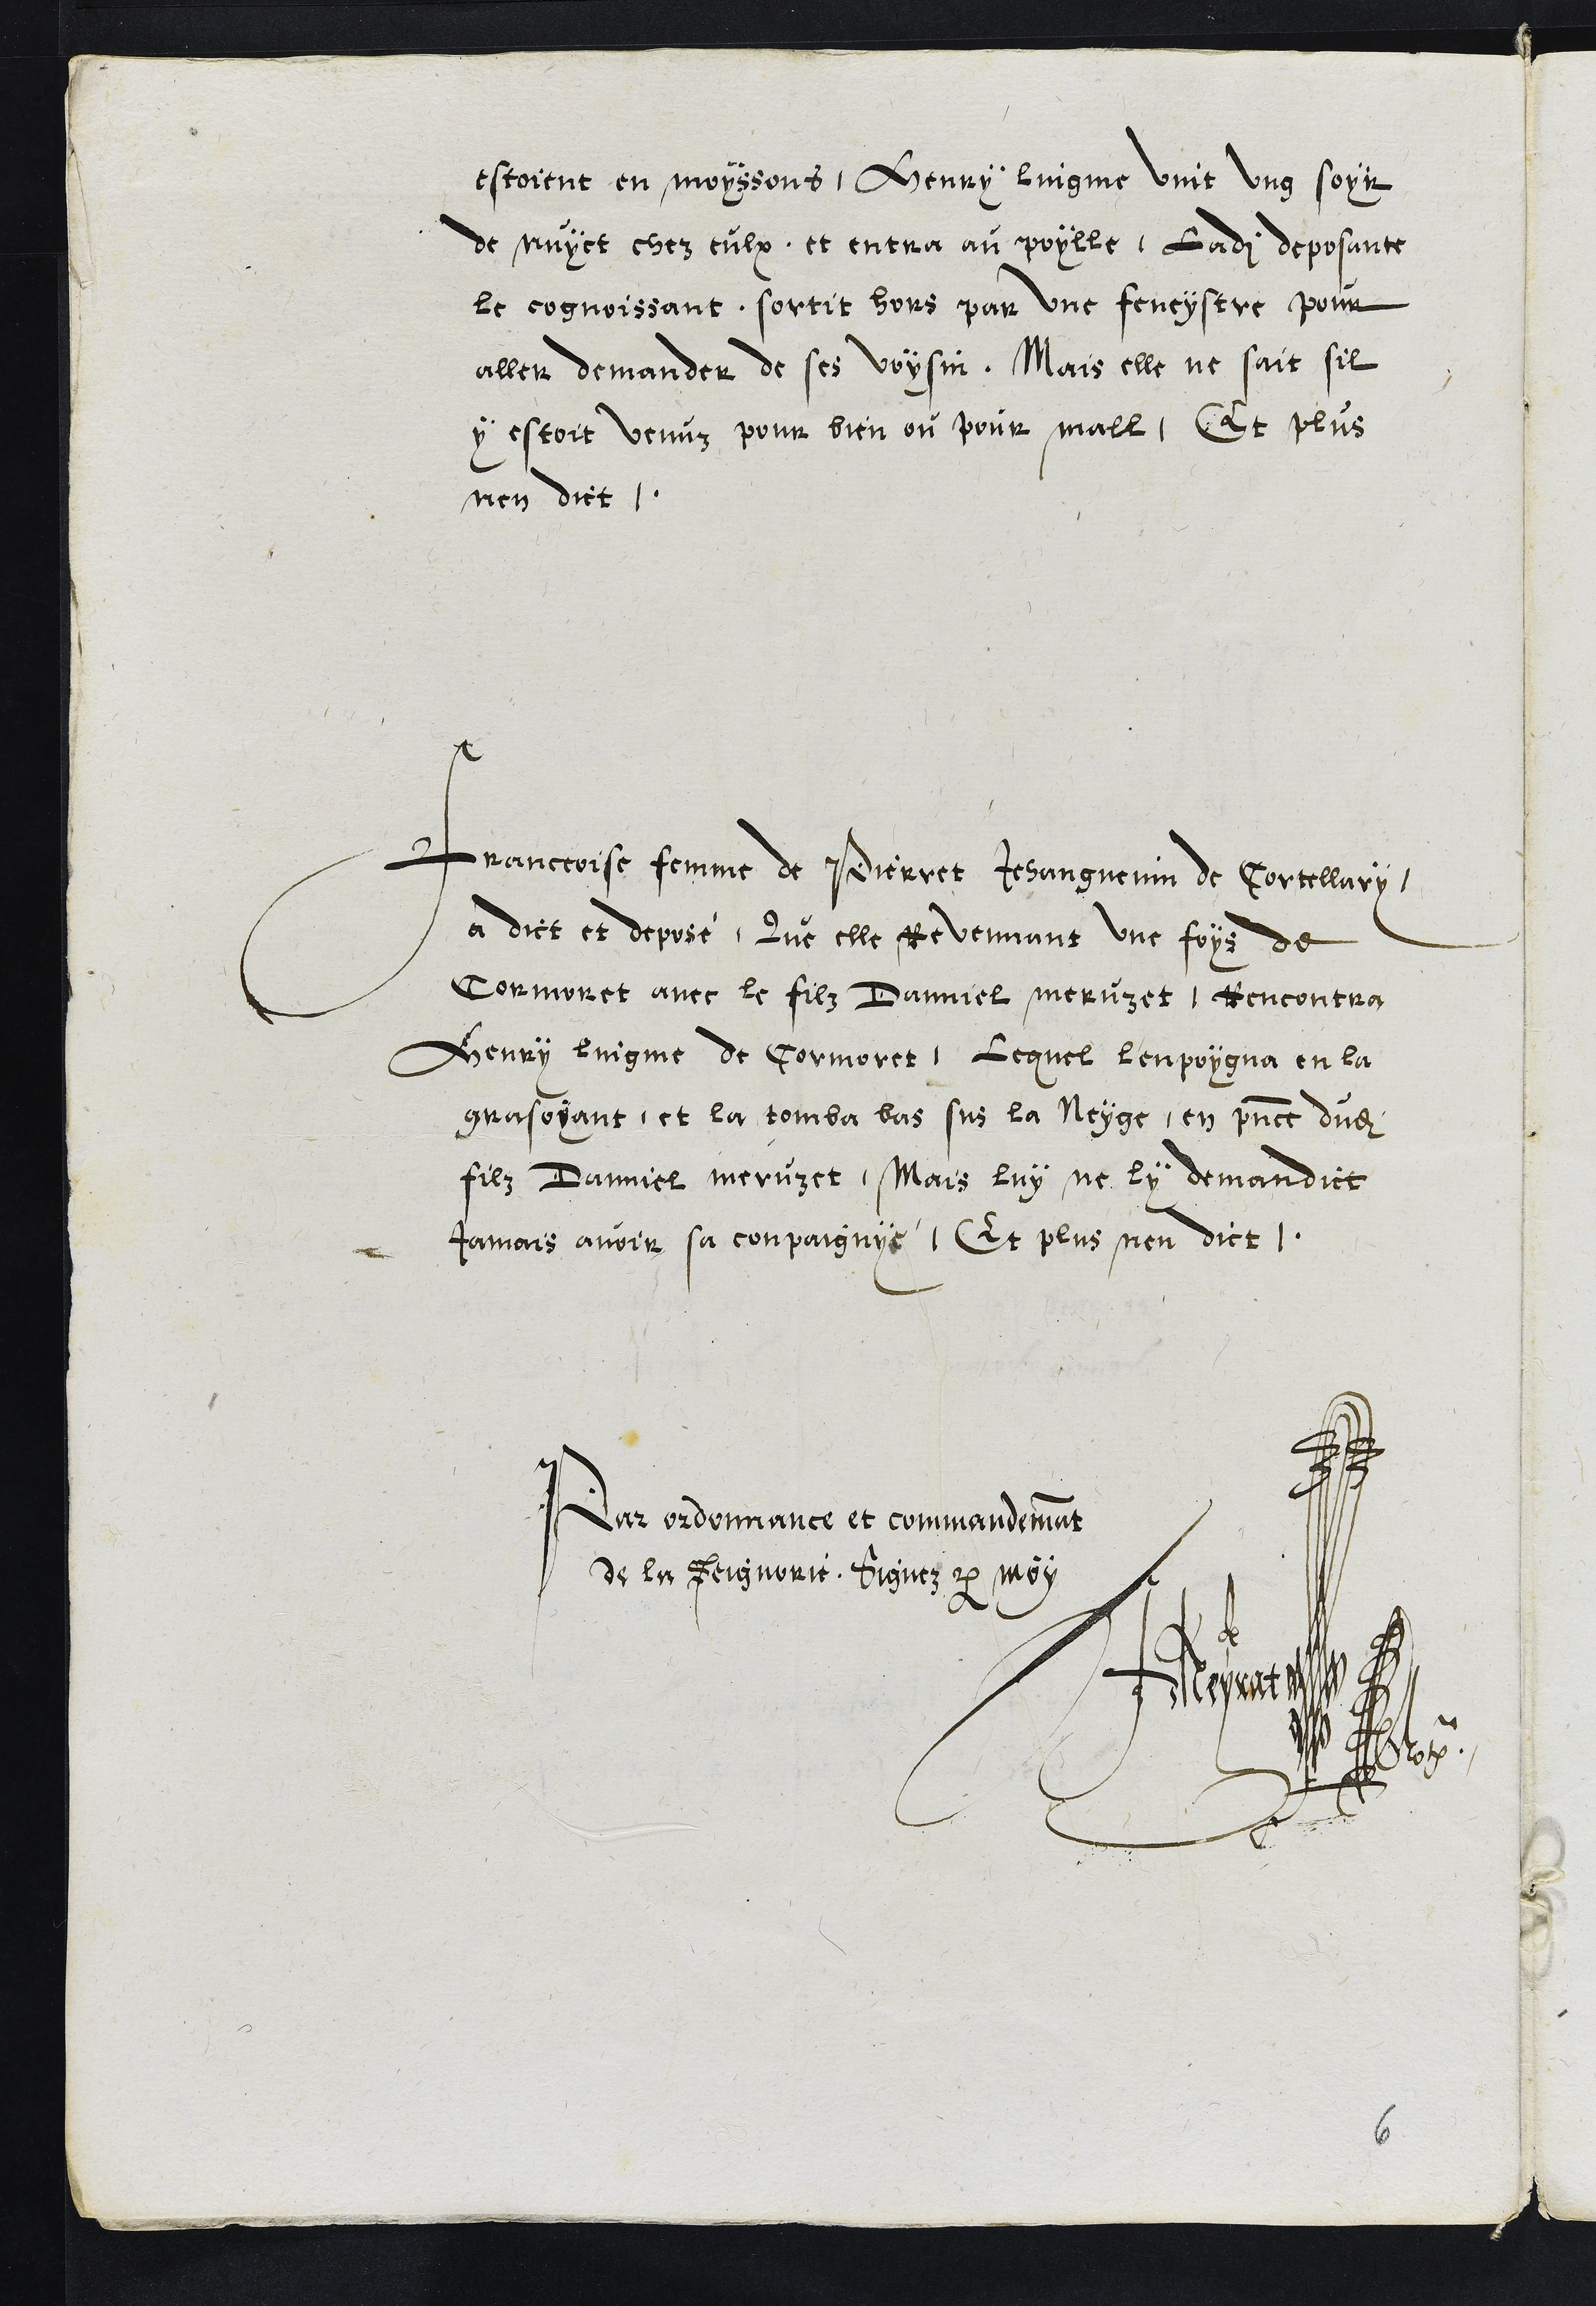
estoient en moyssons, Henry lingme vint ung soyr
de nuyct chez eulx, et entra au poylle, Ladite deposante
le cognoissant, sortit hors par une feneystre pour
aller demander de ses voysin, Mais elle ne sait sil
y estoit venuz pour bien ou pour mall, Et plus
nen dict.
Franceoise femme de Pierret Jehanguenin de Cortellary,
a dict et deposé, Que elle revenant une foys de
Cormoret avec le filz Danniel meruzet, Rencontra
Henry lingme de Cormoret, Lequel l'enpoygna en la
grasoyant et la tomba bas sus la Neyge, en presence dudit
filz Danniel meruzet, Mais luy ne ly demandict
jamais avoir sa conpaignye, Et plus nen dict.
Par ordonnance et commandemant
de la Seignorie, Signez par moy
JMeyrat
Not.
6